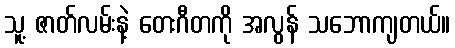
သူ့ ဇာတ်လမ်းနဲ့ တေးဂီတကို အလွန် သဘောကျတယ်။